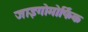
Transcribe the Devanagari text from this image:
जाइगोमोर्फिक